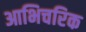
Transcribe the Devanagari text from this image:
आभिचरिक